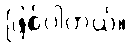
ဖြစ်ပါတယ်။